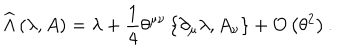
\widehat { \Lambda } \left( \lambda , A \right) = \lambda + \frac { 1 } { 4 } \theta ^ { \mu \nu } \left\{ \partial _ { \mu } \lambda , A _ { \nu } \right\} + { \cal O } \left( \theta ^ { 2 } \right) .